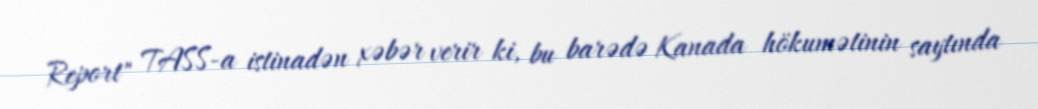
Report" TASS-a istinadən xəbər verir ki, bu barədə Kanada hökumətinin saytında